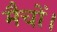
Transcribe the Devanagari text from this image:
मैचों।